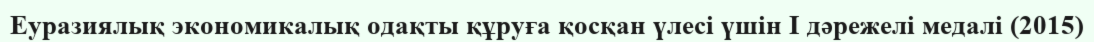
Еуразиялық экономикалық одақты құруға қосқан үлесі үшін I дәрежелі медалі (2015)